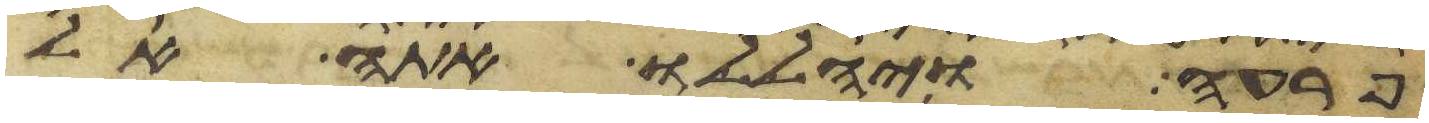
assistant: פרעה ויהללו אתה אל